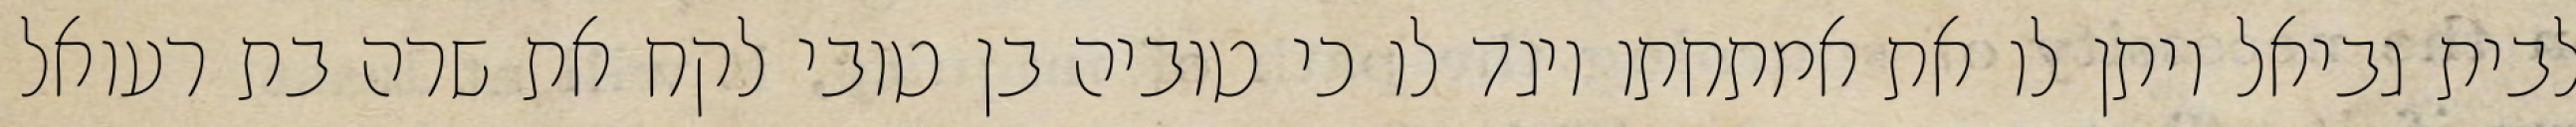
לבית גביאל ויתן לו את אמתחתו ויגד לו כי טוביה בן טובי לקח את שרה בת רעואל